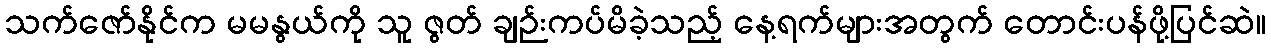
သက်ဇော်နိုင်က မမနွယ်ကို သူ ဇွတ် ချဉ်းကပ်မိခဲ့သည့် နေ့ရက်များအတွက် တောင်းပန်ဖို့ပြင်ဆဲ။